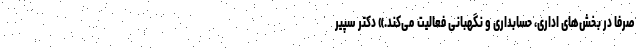
صرفا در بخش‌های اداری، حسابداری و نگهبانی فعالیت می‌کند.» دکتر سپیر